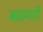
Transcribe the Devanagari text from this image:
महानारी